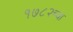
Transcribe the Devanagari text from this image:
१७८२च्या